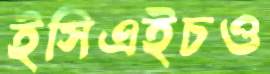
ইসিএইচও